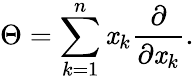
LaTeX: \Theta=\sum_{k=1}^{n}\mathit{x}_{k}{\frac{{\partial}}{{\partial\mathit{x}_{k}}}}.